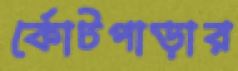
র্কোটপাড়ার